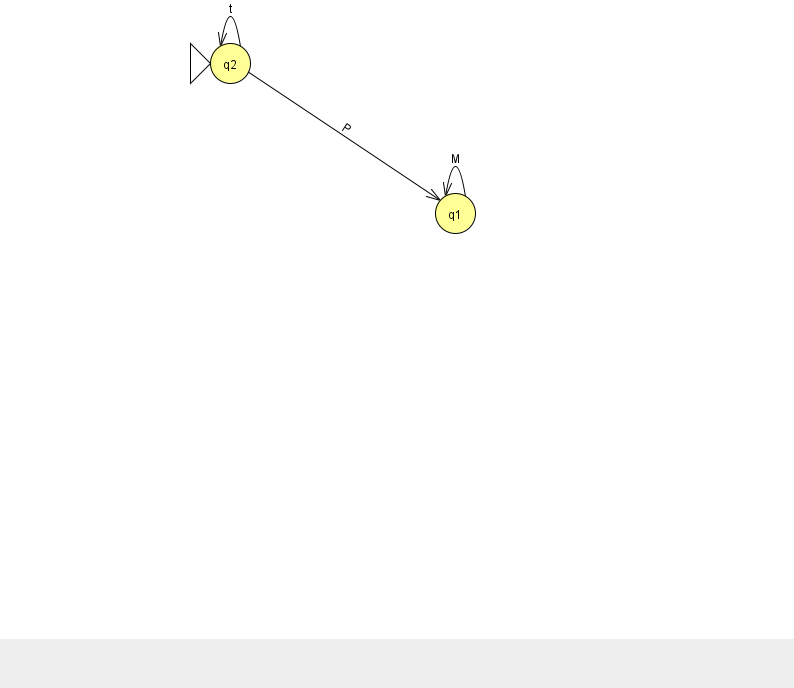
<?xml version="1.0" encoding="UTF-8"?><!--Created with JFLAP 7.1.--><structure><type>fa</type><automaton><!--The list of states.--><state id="1" name="q1"><x>455.0</x><y>200.0</y></state><state id="2" name="q2"><x>230.0</x><y>50.0</y><initial/></state><!--The list of transitions.--><transition><from>2</from><to>2</to><read>t</read></transition><transition><from>2</from><to>1</to><read>P</read></transition><transition><from>1</from><to>1</to><read>M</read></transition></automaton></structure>